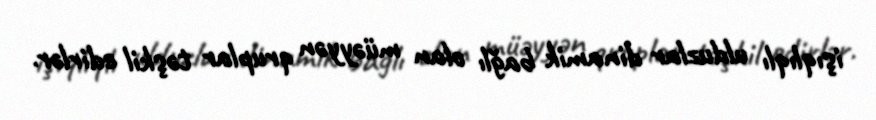
işıqlıqlı ulduzlar dinamik bağlı olan müəyyən qruplar təşkil edirlər.